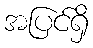
အပြင်ရှိ